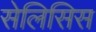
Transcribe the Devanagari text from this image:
सेलिसिस